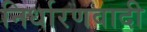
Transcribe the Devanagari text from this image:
निर्धारणवादी